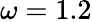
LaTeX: \omega=1.2